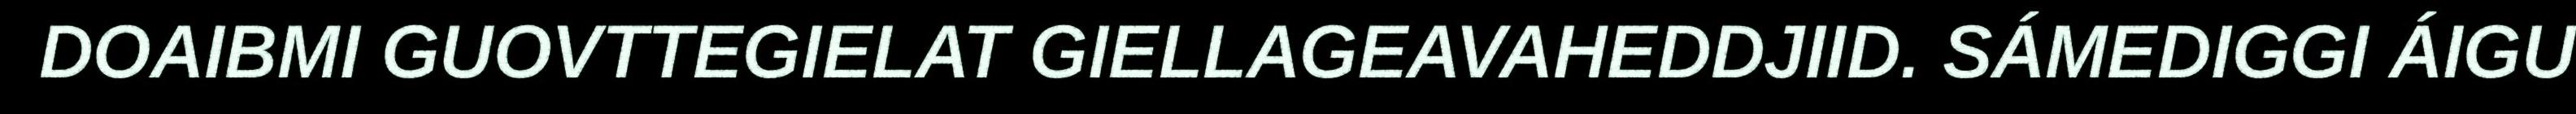
DOAIBMI GUOVTTEGIELAT GIELLAGEAVAHEDDJIID. SÁMEDIGGI ÁIGU